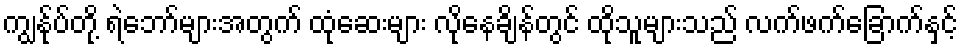
ကျွန်ုပ်တို့ ရဲဘော်များအတွက် ထုံဆေးများ လိုနေချိန်တွင် ထိုသူများသည် လက်ဖက်ခြောက်နှင့်